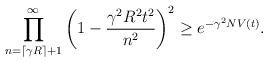
LaTeX: \begin{align*} \prod_{n = \lceil \gamma R \rceil + 1}^{\infty} \left(1 - \frac{\gamma^2 R^2t^2}{n^2} \right)^2 \geq e^{- \gamma^2 N V(t)}.\end{align*}